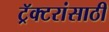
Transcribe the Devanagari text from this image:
ट्रॅक्टरांसाठी